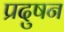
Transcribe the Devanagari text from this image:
प्रदुषन